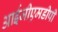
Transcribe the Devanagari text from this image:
आईजीएमडीपी